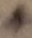
Text: +